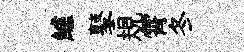
鱸鼕規霄冬